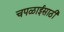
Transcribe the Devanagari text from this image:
चपळाईसाठी